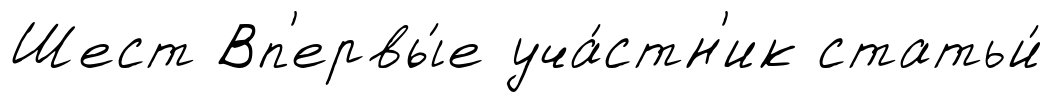
Шест Вп'ервы́е уча́стн'ик статьи́